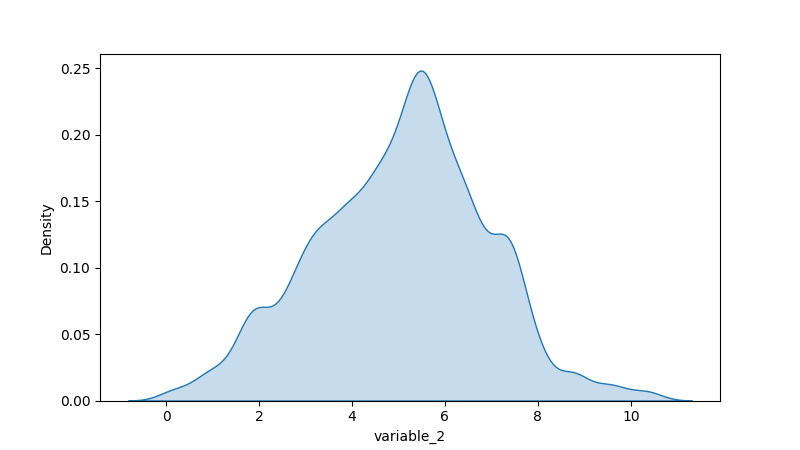
python, seaborn, kdeplot, hue='None', fill=True, bw_adjust=0.5